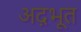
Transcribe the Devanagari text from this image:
अद़भूत